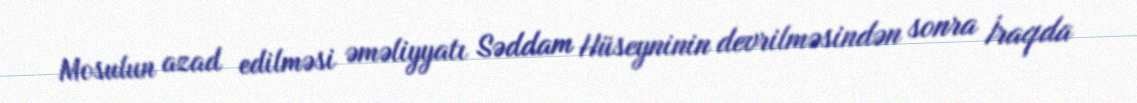
Mosulun azad edilməsi əməliyyatı Səddam Hüseyninin devrilməsindən sonra İraqda